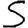
Digit: 5